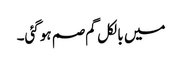
میں بالکل گم صم ہوگئی۔